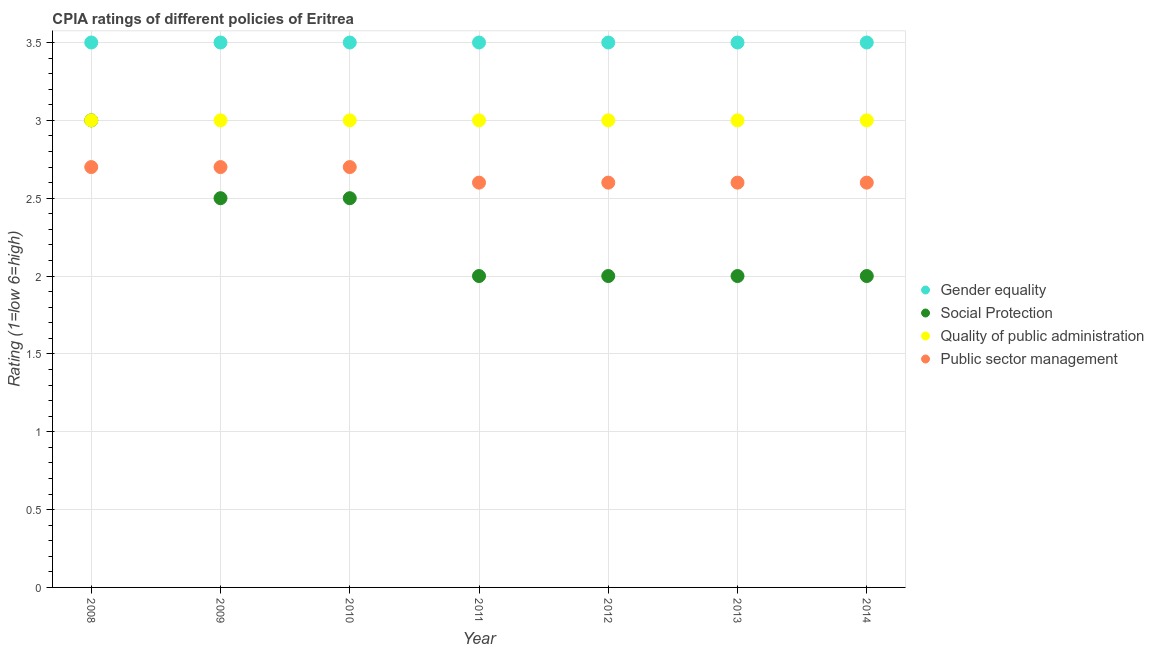
| Year | Gender equality | Social Protection | Quality of public administration | Public sector management |
 | --- | --- | --- | --- | --- |
 | 2008 | 3.5 | 3 | 3 | 2.7 |
 | 2009 | 3.5 | 2.5 | 3 | 2.7 |
 | 2010 | 3.5 | 2.5 | 3 | 2.7 |
 | 2011 | 3.5 | 2 | 3 | 2.6 |
 | 2012 | 3.5 | 2 | 3 | 2.6 |
 | 2013 | 3.5 | 2 | 3 | 2.6 |
 | 2014 | 3.5 | 2 | 3 | 2.6 |